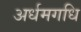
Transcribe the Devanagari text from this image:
अर्धमगधि